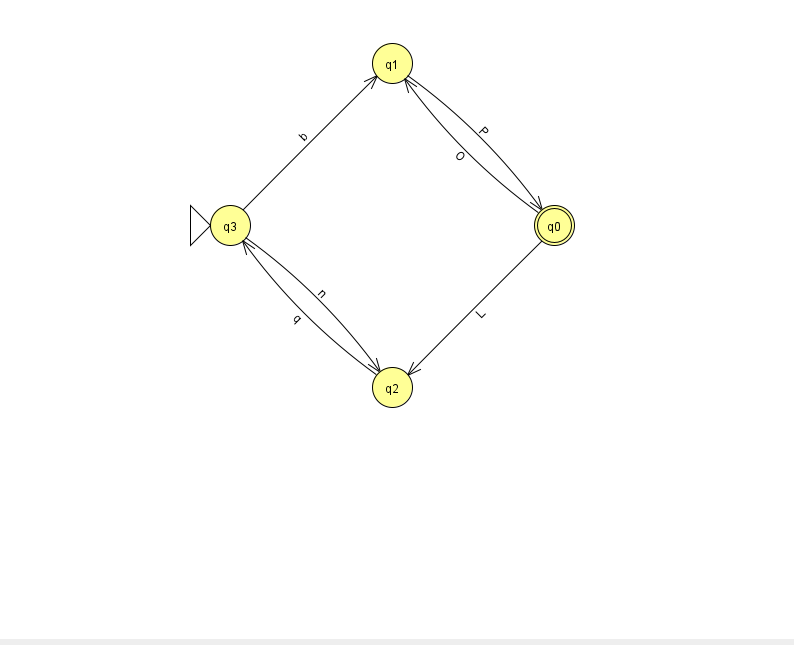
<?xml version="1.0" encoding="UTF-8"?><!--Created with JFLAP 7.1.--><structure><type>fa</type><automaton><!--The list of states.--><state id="0" name="q0"><x>554.0</x><y>212.0</y><final/></state><state id="1" name="q1"><x>392.0</x><y>50.0</y></state><state id="2" name="q2"><x>392.0</x><y>374.0</y></state><state id="3" name="q3"><x>230.0</x><y>212.0</y><initial/></state><!--The list of transitions.--><transition><from>2</from><to>3</to><read>q</read></transition><transition><from>3</from><to>1</to><read>b</read></transition><transition><from>1</from><to>0</to><read>P</read></transition><transition><from>0</from><to>1</to><read>O</read></transition><transition><from>0</from><to>2</to><read>L</read></transition><transition><from>3</from><to>2</to><read>n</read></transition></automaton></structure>